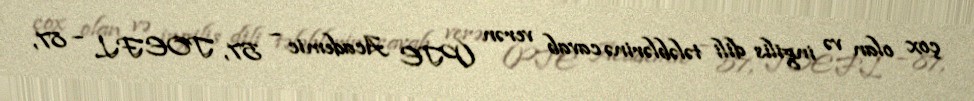
çox olan və ingilis dili tələblərinə cavab verən (PTE Academic – 57, TOEFL – 87,